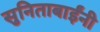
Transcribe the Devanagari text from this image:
सुनिताबाईंनी